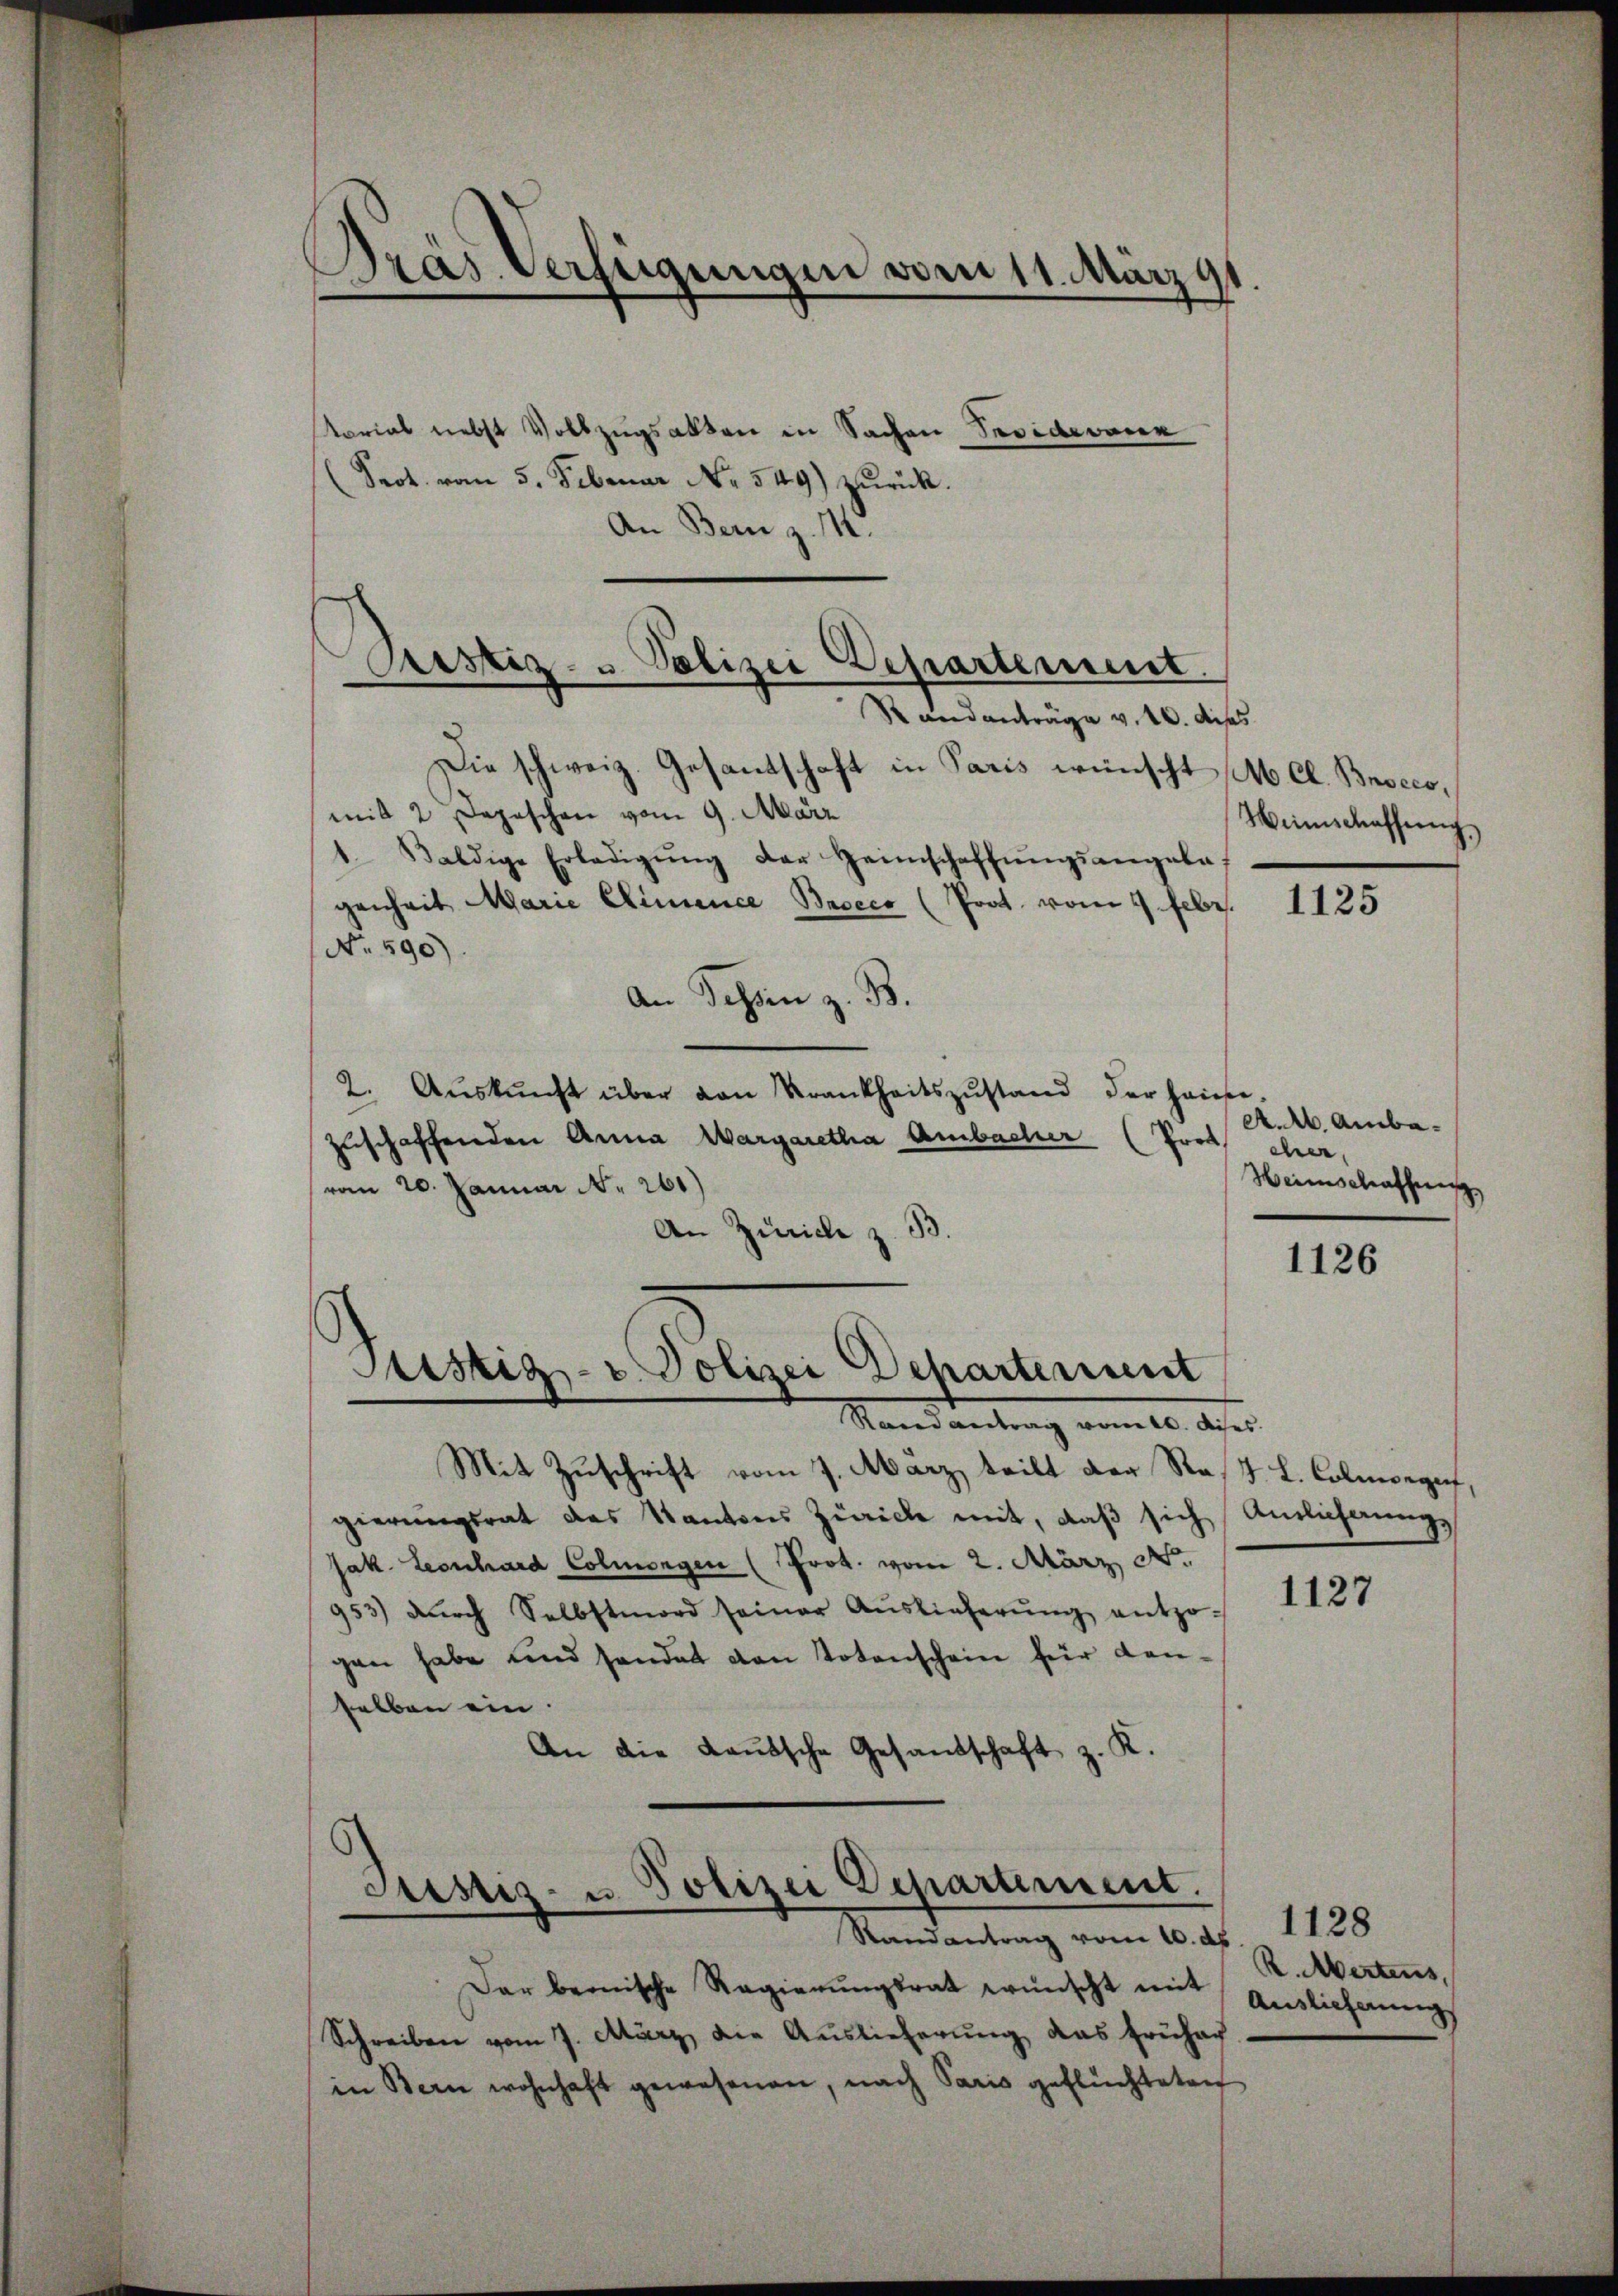
Pras Verfeigungen vom 11. März 91

tariat nebst Vollzugsakten in Sachen Pesiderone
(Prot. vom 5. Februar No. 549) zŭrück.
An Bern z. 1.
Randanträge v. 10. dises
Die schweiz. Gesantschaft in Paris wünscht M Cl. Bnscco,
mit 2 Depeschen vom 9. März
1. Baldige Erledigung der Heimschaffungsangela
genheit Marie Clinience Baccco (Prot. vom 9. Febr.
No. 590)
An Tessin z. B.
2. Aŭskŭnft über von Krankheitszŭstand der Hause
A.Ab. Ambazuschaffenden Anna Margaretha Ambacher (Prof.
cher
Heimschaffung
vom 20. Januar N. 261)
An Zürich z. B.
1126
Justiz- u. Polizei Departement
Randantrag vom 10. dieses
Mit Zuschrift vom 7. März, teilt der Rost L. Colmerguf,
gierungsrat des Kantons Zürich mit, daß sich Anlichungs
Jak. Leonhard Colmengen (Prot. vom 2. März d.
1127
953) dŭrch Selbstmord seiner Aŭslieferŭng entzogen habe und sonder von Totenschein für Lanselben ein.
An die Lautsche Gesandschaft z. K.

Prustiz- & Polizei Departement

Justiz- u. Polizei Departement.
Randantrag vom 10. ds. 1128

Heimschaffen.

Der bemische Regierŭngsrat wünscht mit
Schreiben vom 7. März, die Auslieferŭng das Frühach
in Bern wohnhaft gewesenen, nach Paris geflüchteten

1125

R. Mertens,
Auslieferung